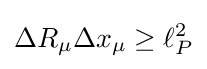
\Delta R_{\mu }\Delta x_{\mu }\geq \ell _{P}^{2}